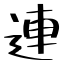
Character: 連